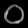
Digit: ၀